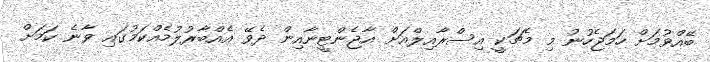
ބޭއްވުމަށް ހަމަޖެހުނު މި މެޗަކީ އިސްރާއިލްއަށް އާޖެންޓީނާއިން ދެވޭ އެއްބާރުލުމެއްކަމުގައި ވާނެ ކަމަށް